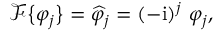
\mathcal { F } \big \{ \varphi _ { j } \big \} = \widehat { \varphi } _ { j } = ( - \mathrm { i } ) ^ { j } \ \varphi _ { j } ,